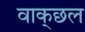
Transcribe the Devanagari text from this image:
वाक्‌छल